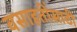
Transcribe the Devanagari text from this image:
वसाहतींसाठी